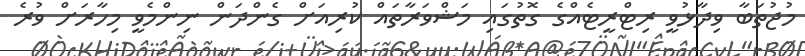
މުޖުތަބާ ވިދާޅުވީ ރިޓްރީޓެއްގެ ގޮތުގައި މަޝްވަރާތައް ކުރިއަށް ގެންދަން ނިންމެވީ މިހާރަށް ވުރެ